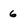
Character: 6